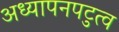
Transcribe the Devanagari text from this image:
अध्यापनपटुत्व